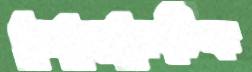
ডেমোক্রেটিক